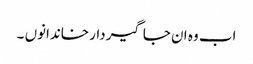
اب وہ ان جاگیردار خاندانوں ۔